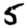
Digit: 5